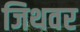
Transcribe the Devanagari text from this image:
जिथवर